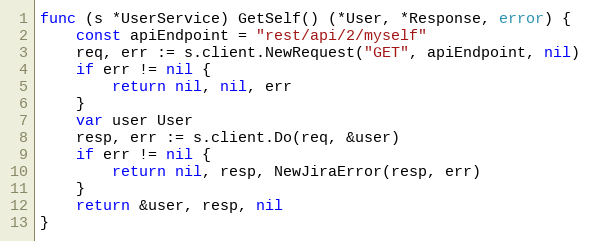
Language: Go
func (s *UserService) GetSelf() (*User, *Response, error) {
	const apiEndpoint = "rest/api/2/myself"
	req, err := s.client.NewRequest("GET", apiEndpoint, nil)
	if err != nil {
		return nil, nil, err
	}
	var user User
	resp, err := s.client.Do(req, &user)
	if err != nil {
		return nil, resp, NewJiraError(resp, err)
	}
	return &user, resp, nil
}